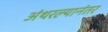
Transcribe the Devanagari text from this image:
अंथरल्यानंतर